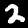
Label: 2